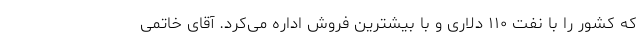
که کشور را با نفت ۱۱۰ دلاری و با بیشترین فروش اداره می‌کرد. آقای خاتمی